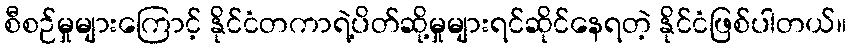
စီစဉ်မှုများကြောင့် နိုင်ငံတကာရဲ့ပိတ်ဆို့မှုများရင်ဆိုင်နေရတဲ့ နိုင်ငံဖြစ်ပါတယ်။